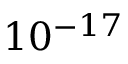
1 0 ^ { - 1 7 }